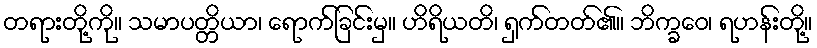
တရားတို့ကို။ သမာပတ္တိယာ၊ ရောက်ခြင်းမှ။ ဟိရိယတိ၊ ရှက်တတ်၏။ ဘိက္ခဝေ၊ ရဟန်းတို့။